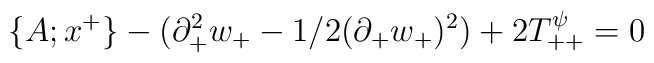
\{A;x^+ \} -(\partial^2_{+} w_{+} -1/2 (\partial_{+} w_{+})^2)+2T_{++}^{\psi}=0